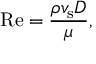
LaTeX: \mathrm { R e } = { \frac { \rho v _ { \mathrm { s } } D } { \mu } } ,